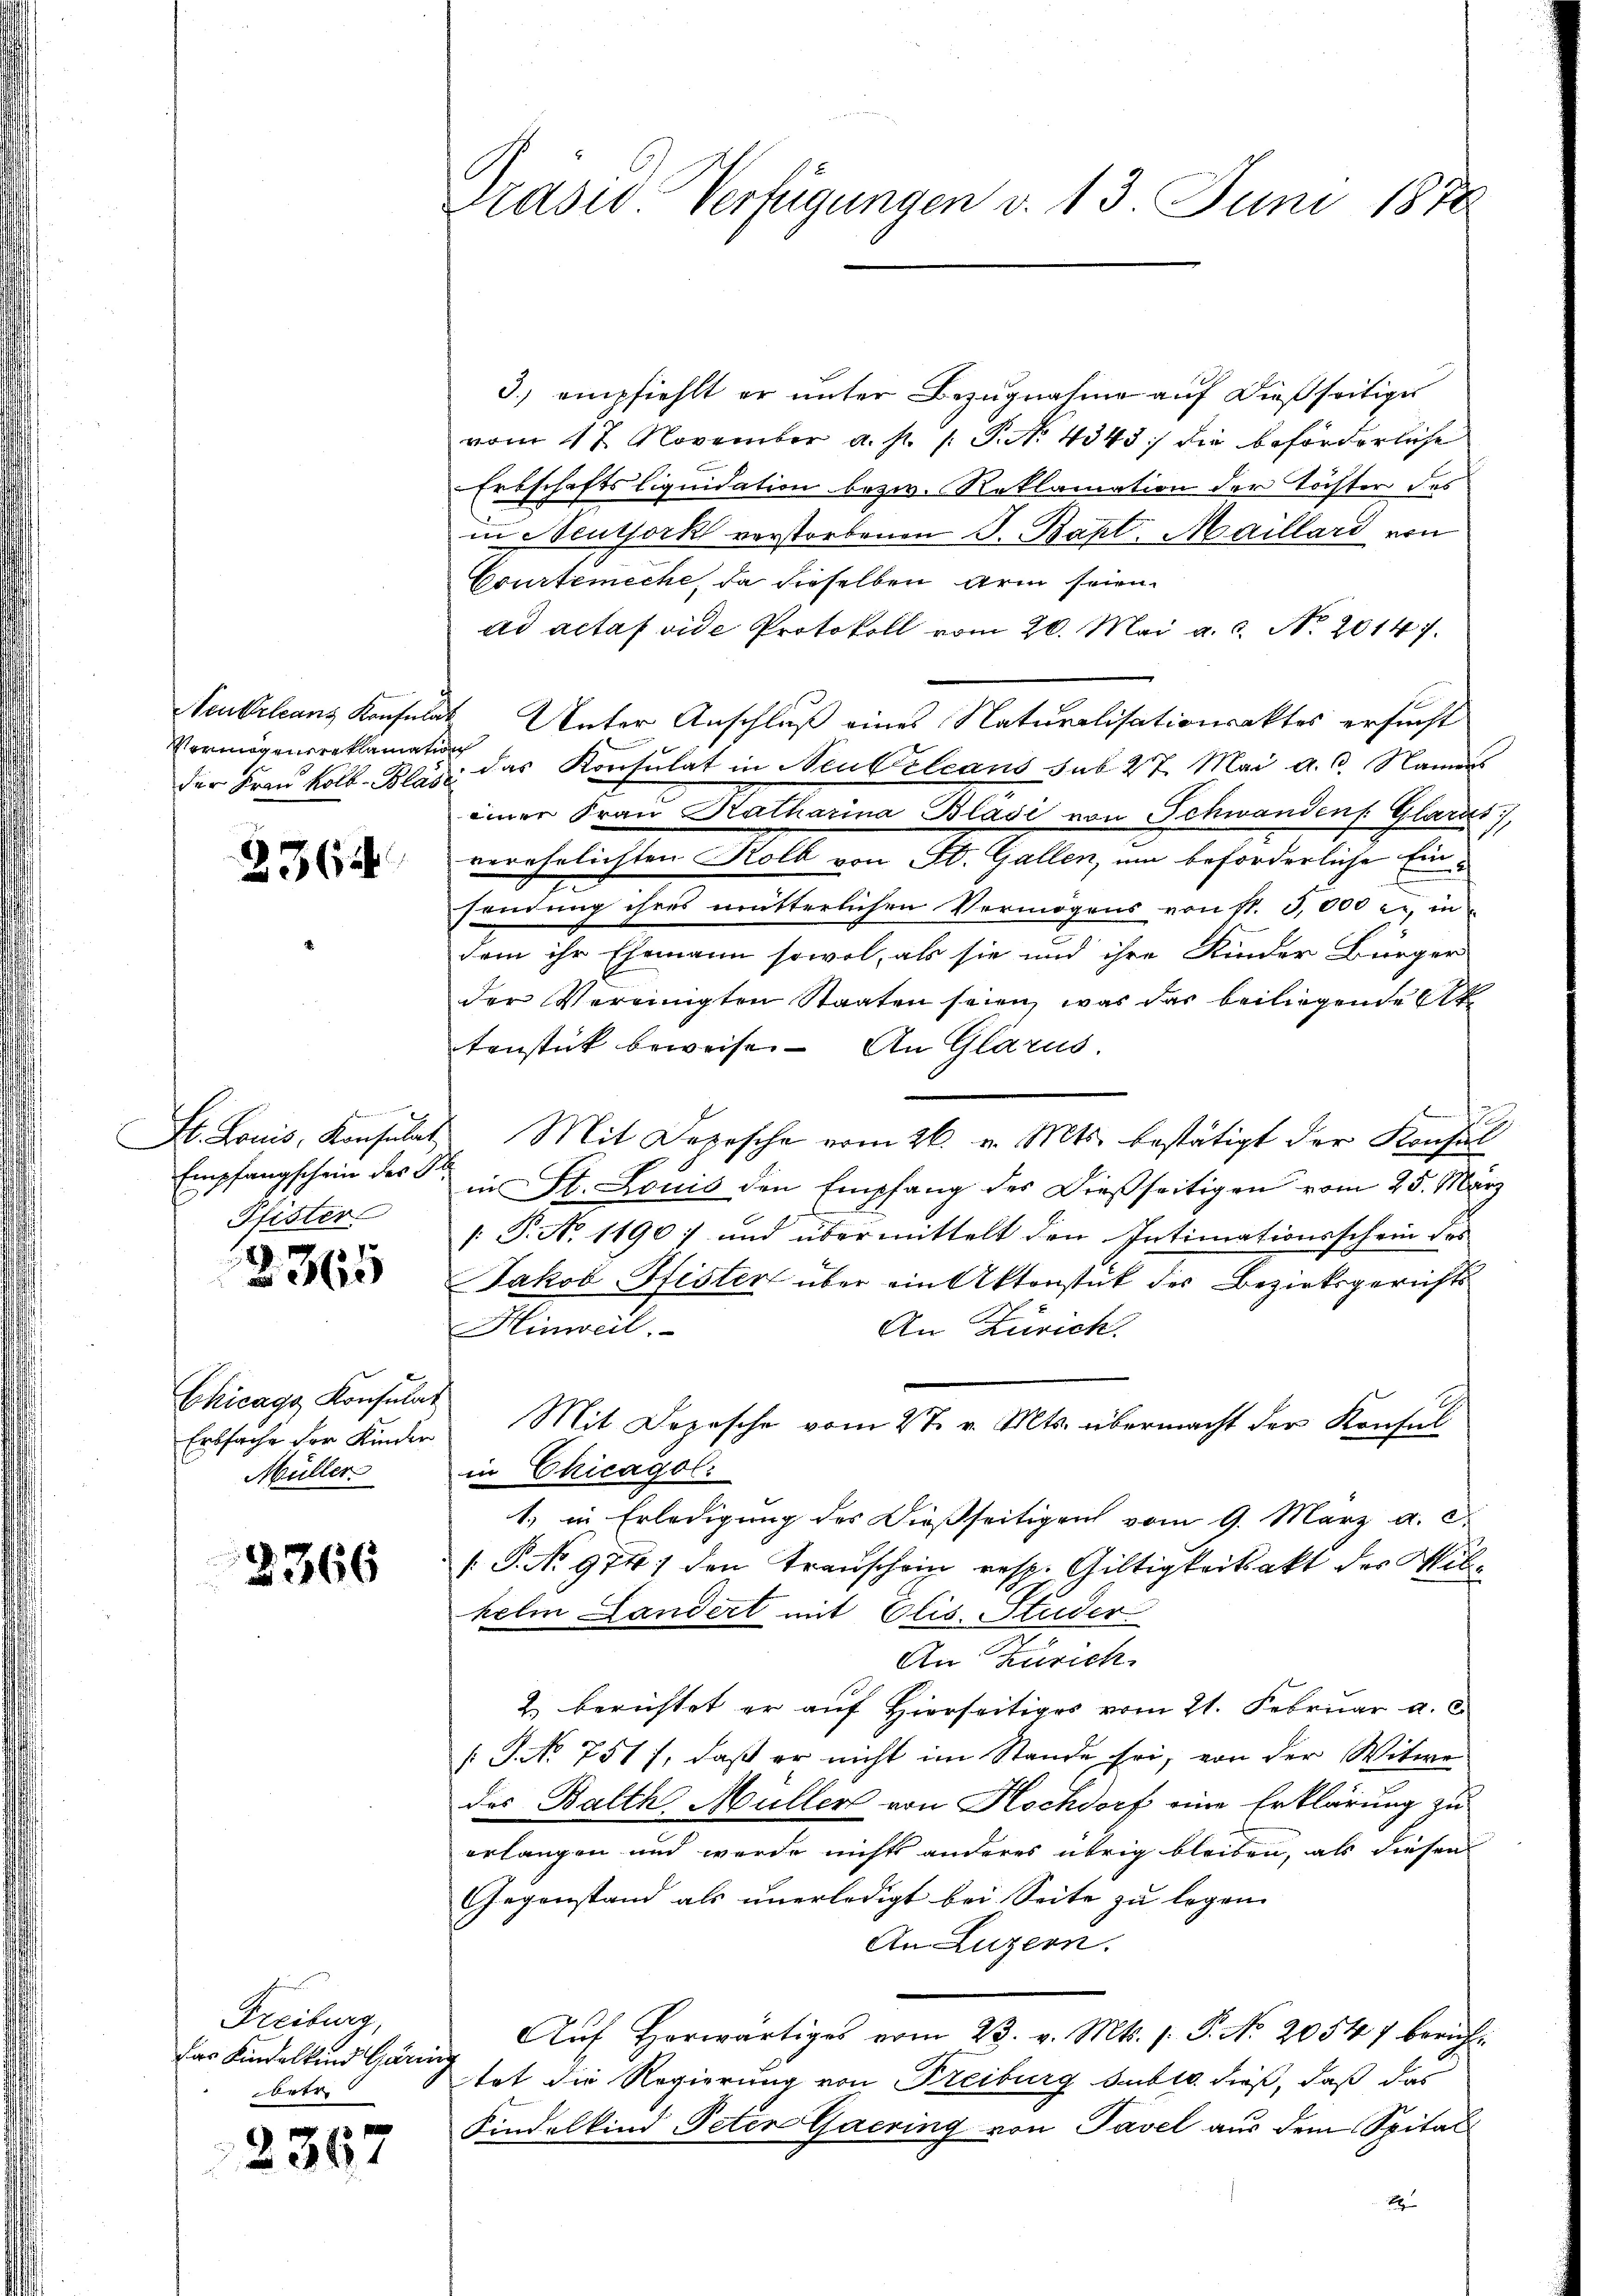
Vermögensreklamation

2564

Pfister

2365

Chicago Konsulat
Müller

2366

Freiburg,
das Kindelkind Gäring
betr

2367

Traser Verfügungen v. 13. Juni 1878

3.) empfiehlt er unter Bezugnahme auf dießseitiger
vom 17. November a. p. /: P. No. 4343) die beförderliche
Erbschaftsliquidation bezw. Roklamation der Töchter des
in Neuthork verstorbenen J. Bapt. Maillard von
Courtemeche, da dieselben Arm seien.
ad actas vide Protokoll vom 20. Mai a. c. No 2014.
Neubeltanz Konsulat Unter Anschluß eines Naturalisationsaktes ersucht
der Frau koll-Blase das Konsulat in Neubelcans sub 27. Mai a.c. Namens
einer Fraŭ Katharina Blasi von Schwandens. Glarus,
verehelichten Kolb von St. Gallen, um beförderliche Einsendung ihres mutterlichen Vermögens von st. 3,000 l., in
dem ihr Ehemann sowol, als sie und ihre Kinder Bürger
der Vereinigten Staaten seien, war das beiliegende Elt
tenstück beweise. An Glarus.

St. Louis, Konsulat Mit Depesche vom 26. v. Mts. bestätigt der Konsul
Empfangschein des S. in St. Louis den Empfang der dießseitigen vom 25. März
 P. No 1190) und übermittelt den Intimationsschein des
Jakob Pfister über ein Aktenstück des Bezirksgerichts
Hinweil.
An Zürich.
Erbsache der Kinden Mit Depesche vom 27. v. Mts. übermacht der Konsul
in Chicagol:
1. in Erledigung des dießseitigen vom 9. März a. c.
(P.No 9741 den Transchein resp. Giltigkeitsakt der Milhelm Landert mit Elis. Studer
An Zürich
2. berichtet er auf Hierseitiges vom 21. Februar a. c.
/. G. No 751), daß er nicht im Stande sei, von der Witwe
des Balth. Müller von Hochdorf eine Erklärung zu
erlangen und werde nichts anderes übrig bleiben, als diesen
Gegenstand als unerledigt bei Seite zu legen |
An Luzern.
Aŭf Horwärtiges vom 23. v. Mts. s. P. Nr. 20547 berichtat die Regierung von Freiburg subtr. dieß, daß das
Kindelkind Peter Gaering von Tavel aus dem Spital